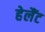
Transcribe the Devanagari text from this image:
हेलैंट